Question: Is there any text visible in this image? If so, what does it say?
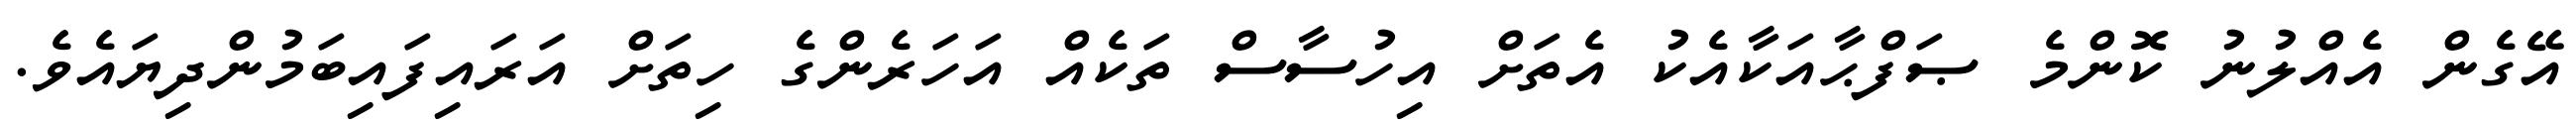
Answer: އޭގެން އެއްލުނު ކޮންމެ ޞަފްޙާއަކާއެކު އެތަށް އިހުސާސް ތަކެއް އަހަރެންގެ ހިތަށް އަރައިފައިބަމުންދިޔައެވެ.